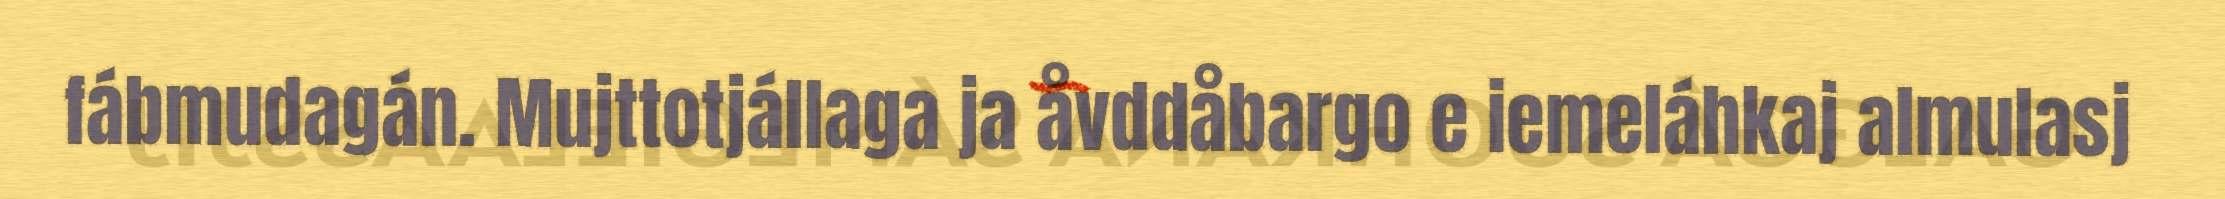
fábmudagán. Mujttotjállaga ja åvddåbargo e iemeláhkaj almulasj